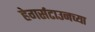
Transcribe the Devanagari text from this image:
हेगर्सटाउनच्या